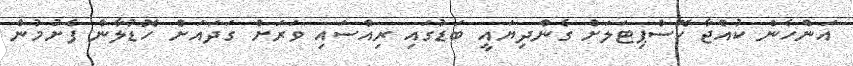
އަންހެން ކުއްޖާ ހޮސްޕިޓަލަށް ގެންދިޔައީ ބަޑުގައި ރިއްސައި ވަރަށް ގަދައަށް ހޮޑުލާން ފެށުމުން